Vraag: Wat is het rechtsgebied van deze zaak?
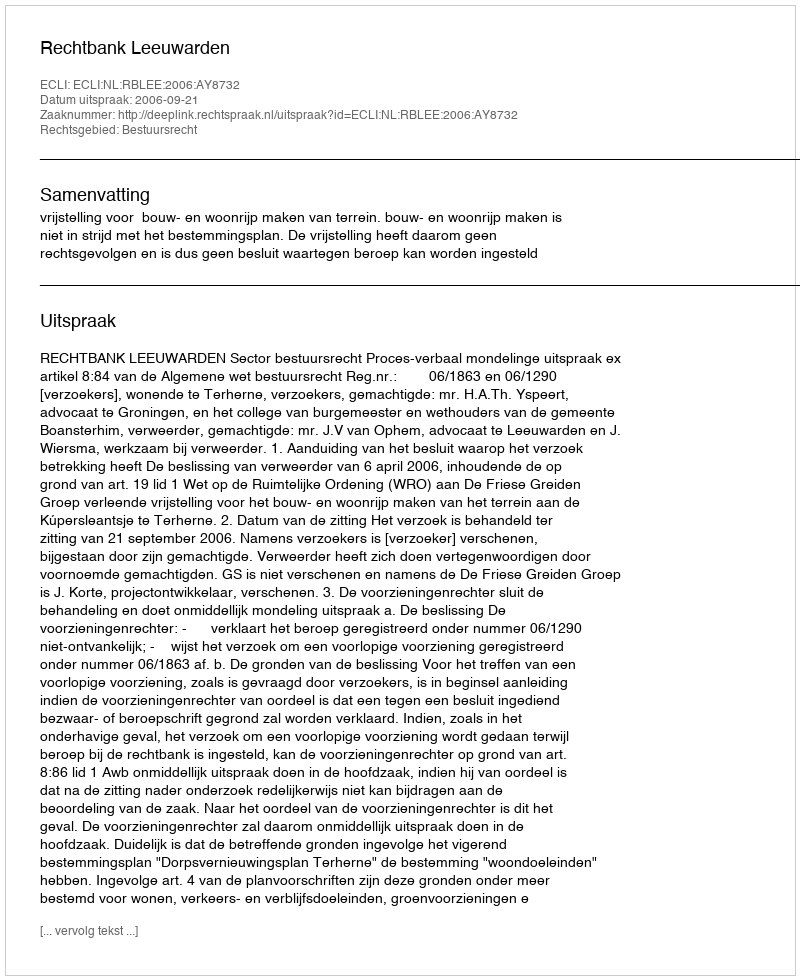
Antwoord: Bestuursrecht